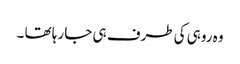
وہ روہی کی طرف ہی جا رہا تھا ۔